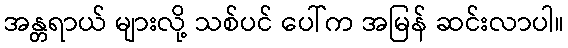
အန္တရာယ် များလို့ သစ်ပင် ပေါ်က အမြန် ဆင်းလာပါ။